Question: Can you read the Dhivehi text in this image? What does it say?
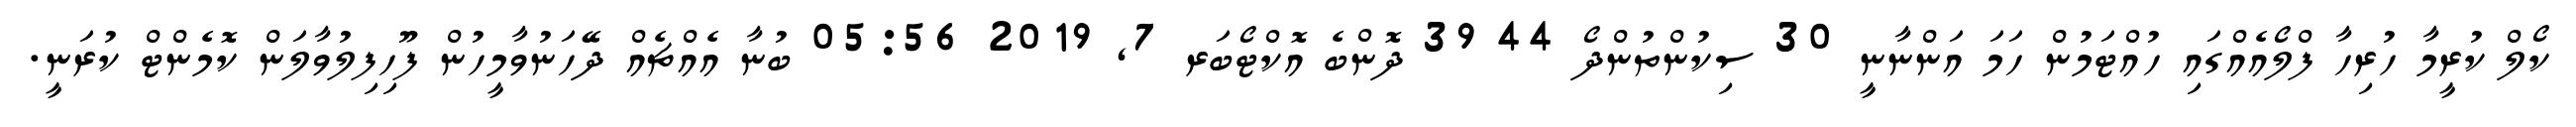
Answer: ކޯލް ކުރީމާ ހުރިހާ ފްލޯއެއްގައި ހުއްޓަމުން ހަމަ އަންނާނީ 30 ސިކުންތުންދޯ 44 39 ދޮންބެ އޮކްޓޯބަރ 7, 2019 05:56 ބުނާ އެއްޗެއް ދޭހަނުވާމީހުން ފޫހިފިލުވާލަން ކޮމެންޓް ކުރަނީ.